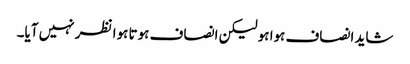
شاید انصاف ہوا ہو لیکن انصاف ہوتا ہوا نظر نہیں آیا۔